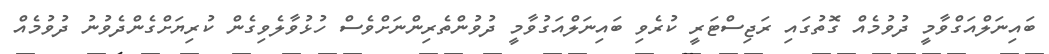
ބައިނަލްއަގްވާމީ ދުވުމެއް ގޮތުގައި ރަޖިސްޓަރީ ކުރެވި ބައިނަލްއަގުވާމީ ދުވުންތެރިންނަށްވެސް ހުޅުވާލެވިގެން ކުރިޔަށްގެންދެވުނު ދުވުމެއް